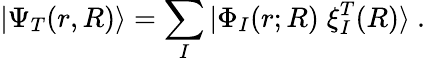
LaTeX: |\Psi_{T}(r,R)\rangle=\sum_{I}|\Phi_{I}(r;R)\; \mathbf{\xi}_{I}^{T}(R)\rangle~.